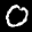
Label: 0